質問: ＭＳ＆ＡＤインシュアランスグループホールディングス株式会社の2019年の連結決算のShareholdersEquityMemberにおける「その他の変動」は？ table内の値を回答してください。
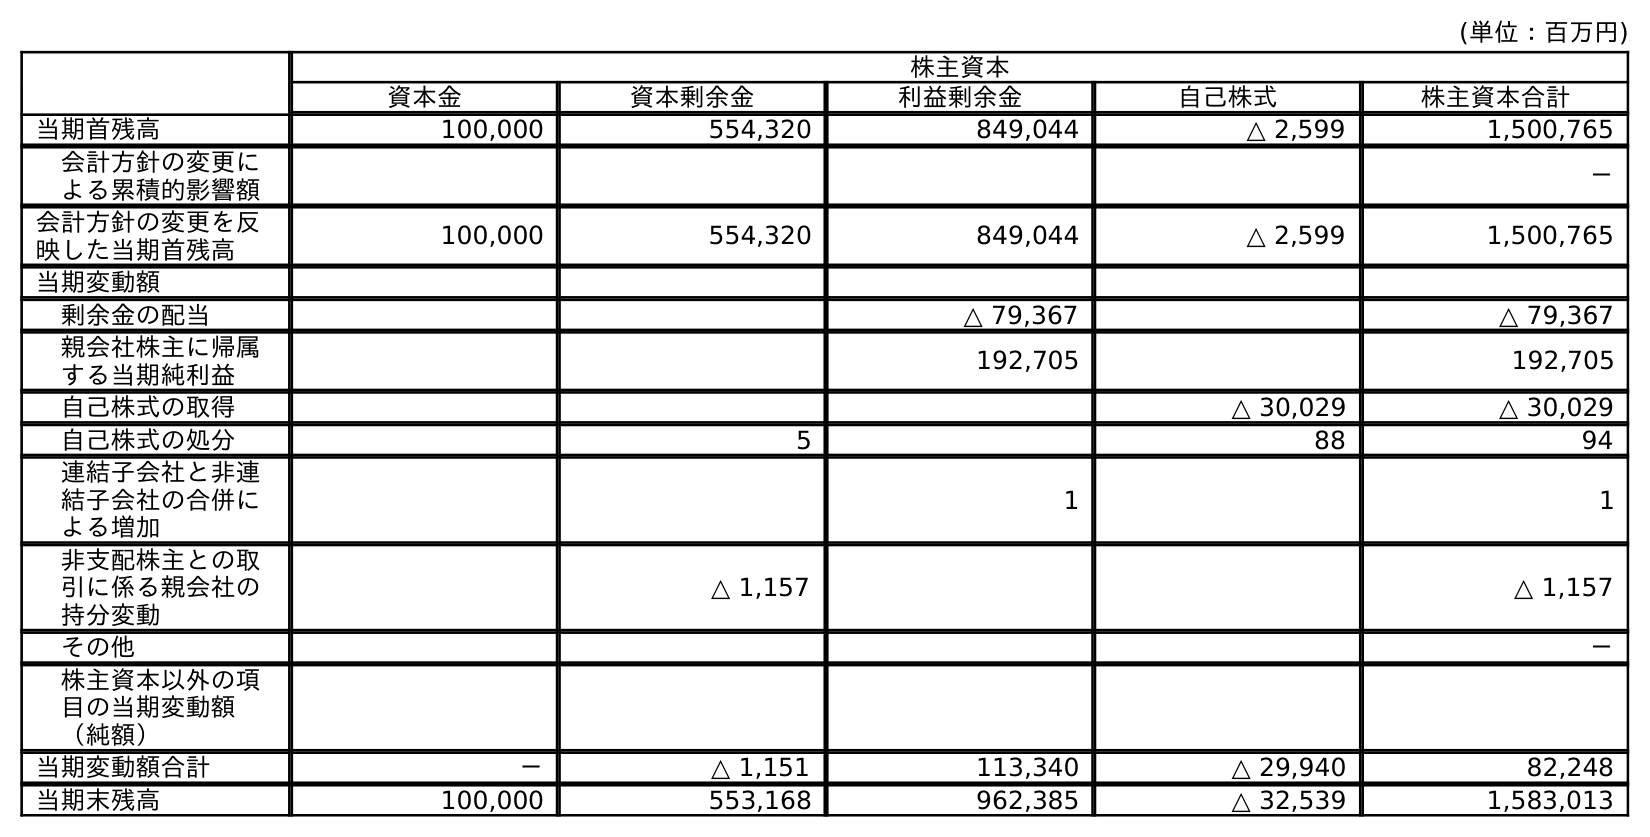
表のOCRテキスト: (単位：百万円) 株主資本 資本金 資本剰余金 利益剰余金 自己株式 株主資本合計 当期首残高 100,000 554,320 849,044 △ 2,599 1,500,765 会計方針の変更に よる累積的影響額 － 会計方針の変更を反 映した当期首残高 100,000 554,320 849,044 △ 2,599 1,500,765 当期変動額 剰余金の配当 △ 79,367 △ 79,367 親会社株主に帰属 する当期純利益 192,705 192,705 自己株式の取得 △ 30,029 △ 30,029 自己株式の処分 5 88 94 連結子会社と非連 結子会社の合併に よる増加 1 1 非支配株主との取 引に係る親会社の 持分変動 △ 1,157 △ 1,157 その他 － 株主資本以外の項 目の当期変動額 （純額） 当期変動額合計 － △ 1,151 113,340 △ 29,940 82,248 当期末残高 100,000 553,168 962,385 △ 32,539 1,583,013
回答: －